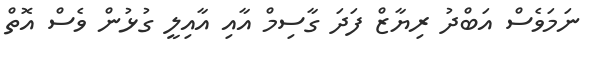
ނަމަވެސް އަބްދު ރިޔާޒް ފަދަ ގާސިމް އާއި އާއިލީ ގުޅުން ވެސް އޮތް